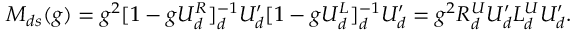
M _ { d s } ( g ) = g ^ { 2 } [ 1 - g U _ { d } ^ { R } ] _ { d } ^ { - 1 } U _ { d } ^ { \prime } [ 1 - g U _ { d } ^ { L } ] _ { d } ^ { - 1 } U _ { d } ^ { \prime } = g ^ { 2 } R _ { d } ^ { U } U _ { d } ^ { \prime } L _ { d } ^ { U } U _ { d } ^ { \prime } .